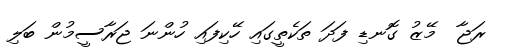
ރަޖާ  މޭޒު ގޮނޑި ފަދަ ތަކެތީގައި ހޭކިފައި ހުންނަ ޖަރާސީމުން ބަލި